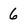
Character: 6